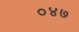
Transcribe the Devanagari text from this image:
०४७